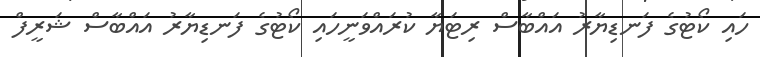
ހައި ކޯޓުގެ ފަނޑިޔާރު އައްބާސް ރިޓަޔާ ކުރައްވަނީހައި ކޯޓުގެ ފަނޑިޔާރު އައްބާސް ޝަރީފް